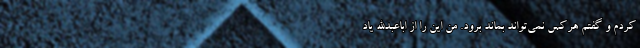
کردم و گفتم هرکس نمی‌تواند بماند برود. من این را از اباعبدالله یاد